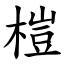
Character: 榿